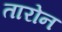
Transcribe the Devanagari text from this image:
तारोन